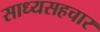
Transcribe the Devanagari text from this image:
साध्यसहचार